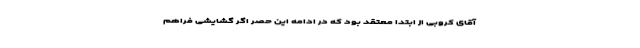
آقای کروبی از ابتدا معتقد بود که در ادامه این حصر اگر گشایشی فراهم